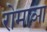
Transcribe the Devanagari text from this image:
रोमाञा